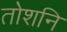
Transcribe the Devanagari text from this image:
तोशनि